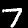
Digit: 7